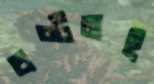
বণ্টনই